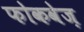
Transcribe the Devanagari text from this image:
फोकवेज़